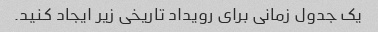
یک جدول زمانی برای رویداد تاریخی زیر ایجاد کنید.